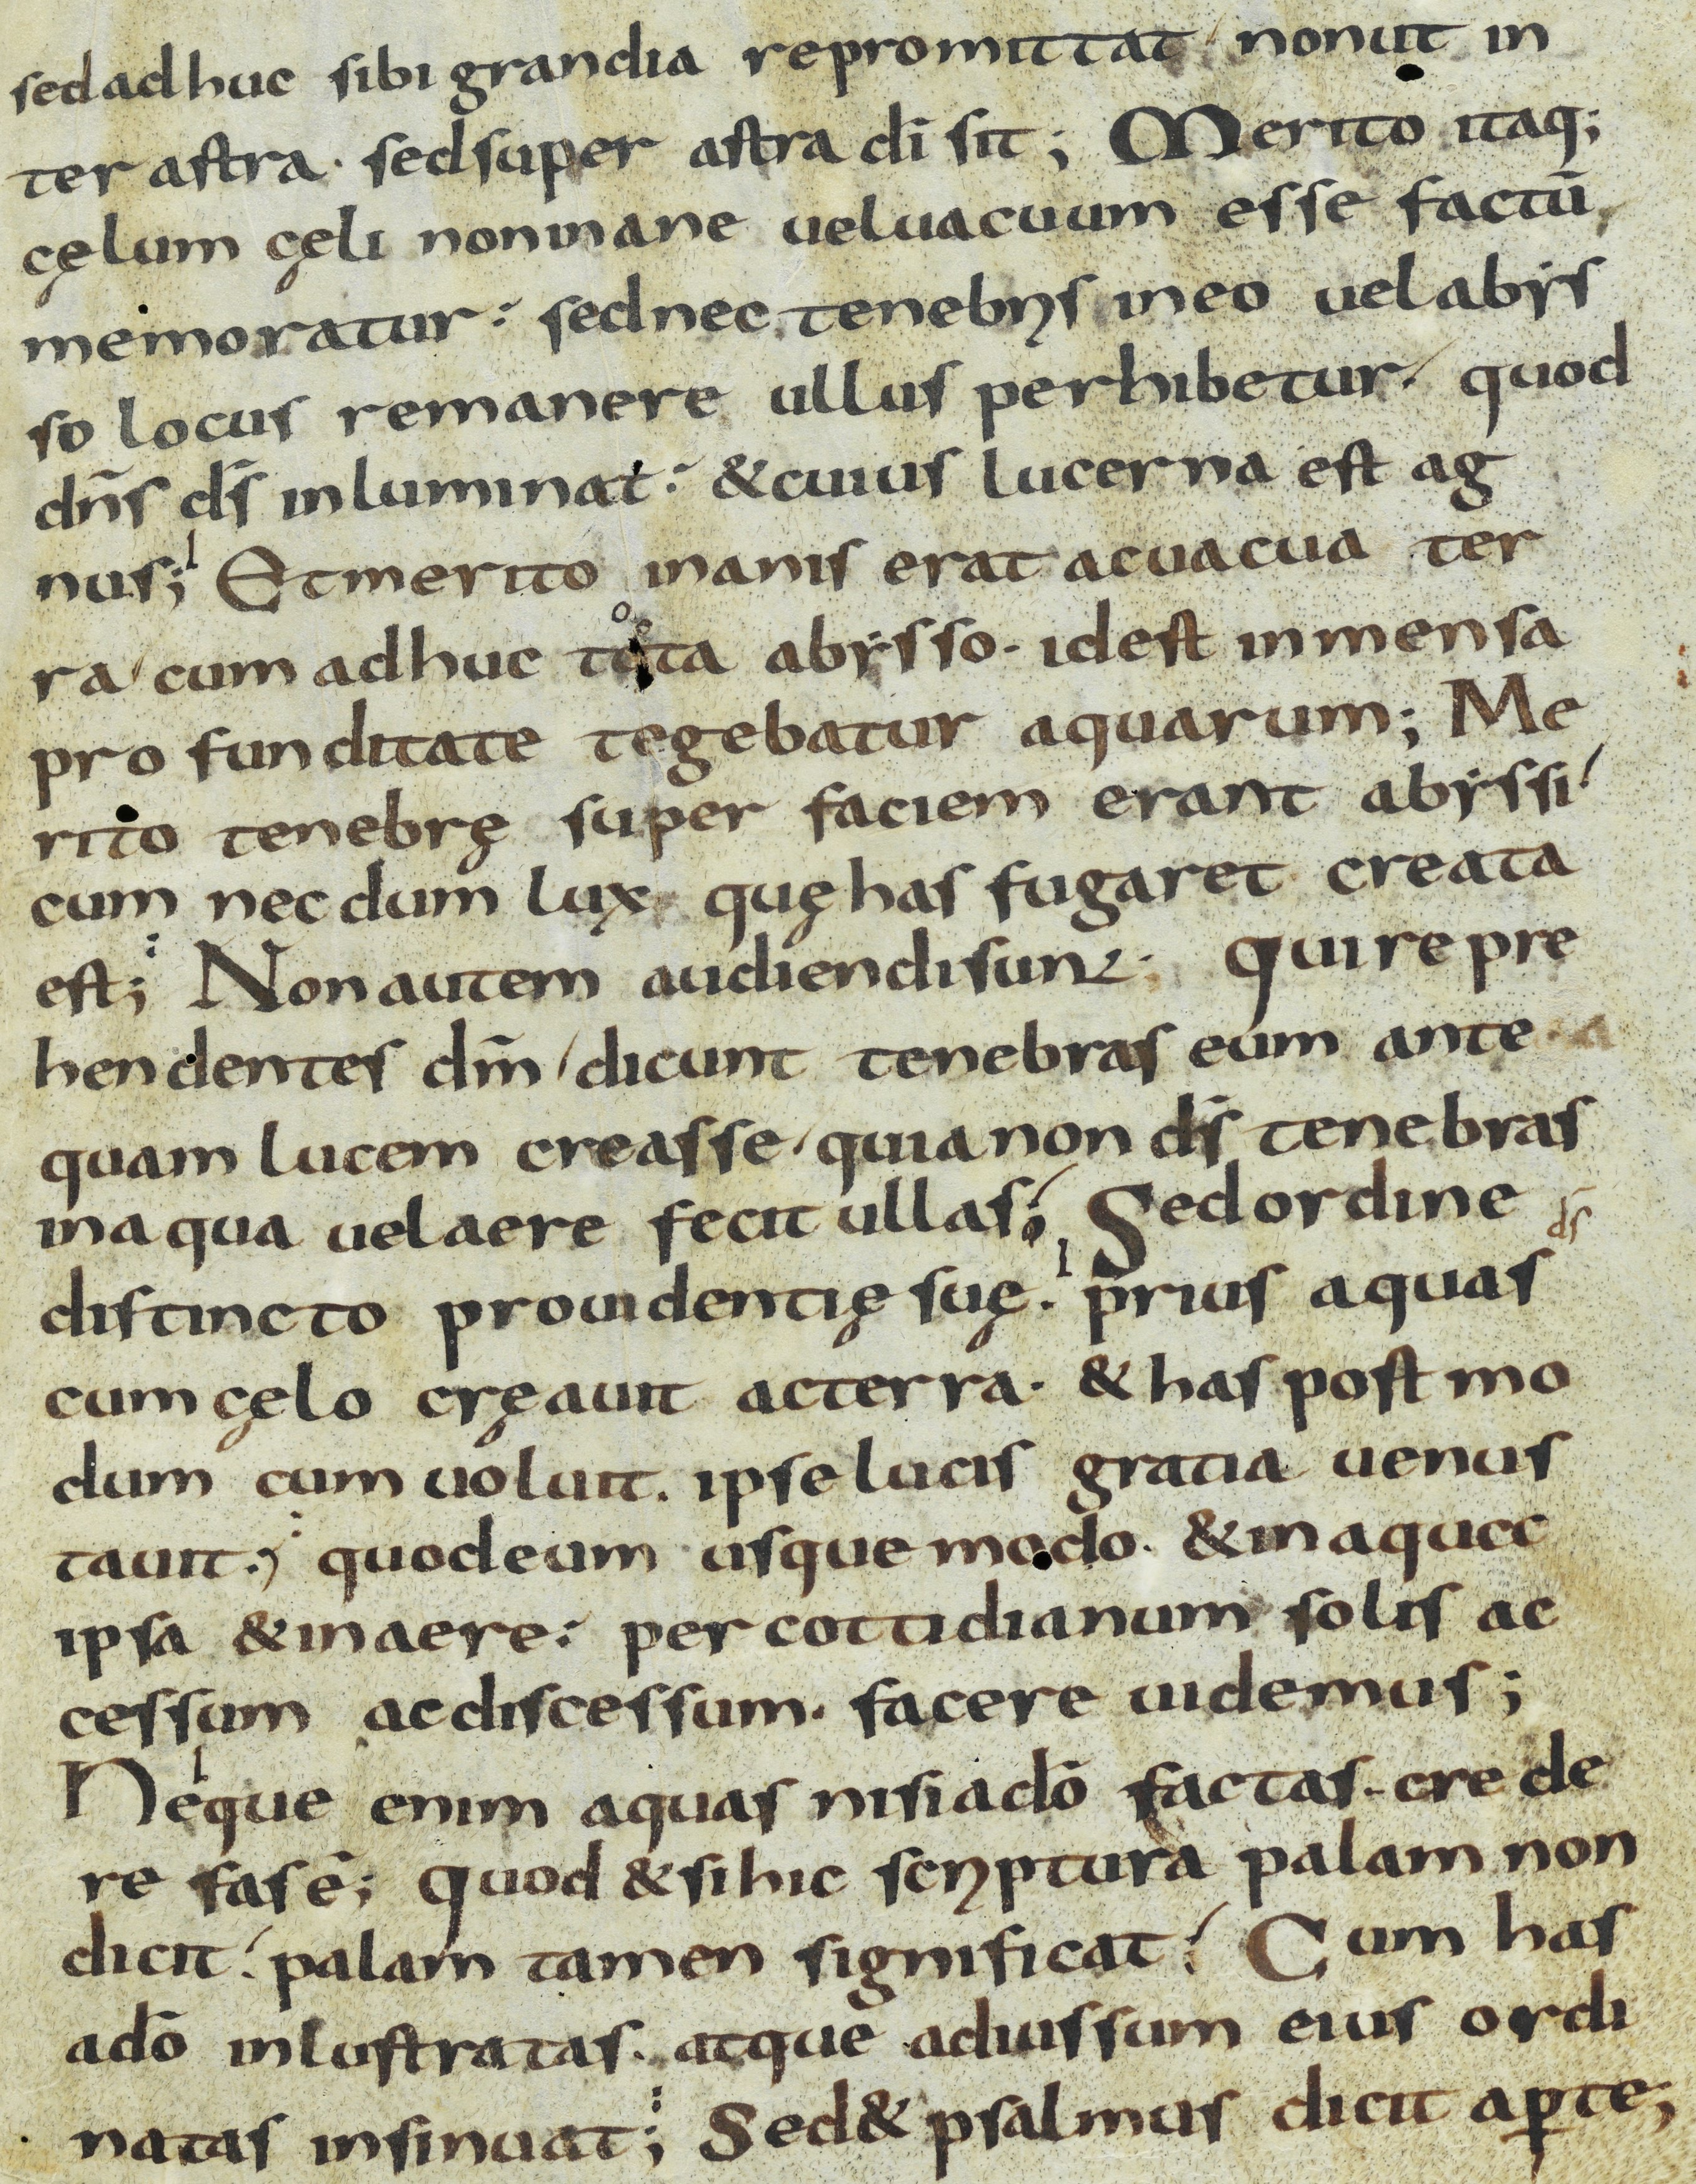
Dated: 800–899